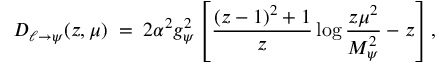
D _ { \ell \to \psi } ( z , \mu ) \; = \; 2 \alpha ^ { 2 } g _ { \psi } ^ { 2 } \left[ { \frac { ( z - 1 ) ^ { 2 } + 1 } { z } } \log { \frac { z \mu ^ { 2 } } { M _ { \psi } ^ { 2 } } } - z \right] ,